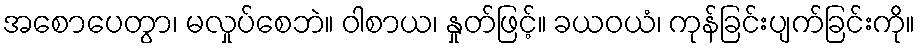
အစောပေတွာ၊ မလှုပ်စေဘဲ။ ဝါစာယ၊ နှုတ်ဖြင့်။ ခယဝယံ၊ ကုန်ခြင်းပျက်ခြင်းကို။